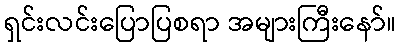
ရှင်းလင်းပြောပြစရာ အများကြီးနော်။